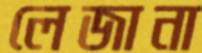
লেজানা